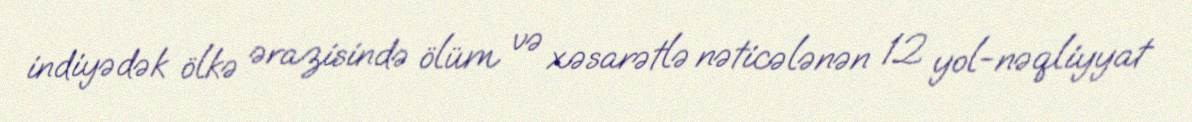
indiyədək ölkə ərazisində ölüm və xəsarətlə nəticələnən 12 yol-nəqliyyat